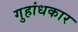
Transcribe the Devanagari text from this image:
गुहांधकार